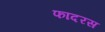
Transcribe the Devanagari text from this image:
फादरस